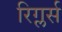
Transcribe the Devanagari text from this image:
रिग्लर्स